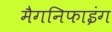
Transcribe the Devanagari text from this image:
मैगनिफाइंग